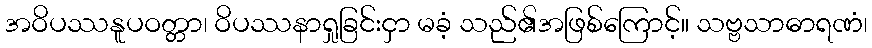
အဝိပဿနူပဝတ္တာ၊ ဝိပဿနာရှုခြင်းငှာ မခံ့ သည်၏အဖြစ်ကြောင့်။ သဗ္ဗသာဓာရဏံ၊